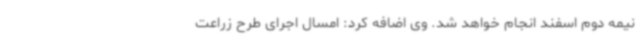
نیمه دوم اسفند انجام خواهد شد. وی اضافه کرد: امسال اجرای طرح زراعت